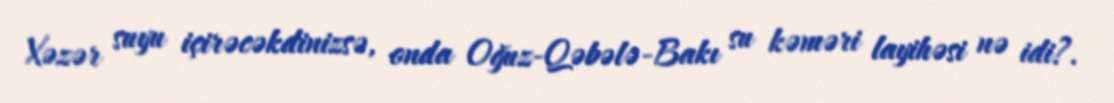
Xəzər suyu içirəcəkdinizsə, onda Oğuz-Qəbələ-Bakı su kəməri layihəsi nə idi?.